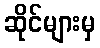
ဆိုင်များမှ